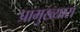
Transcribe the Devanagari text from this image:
प्रामुख्यास